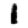
Digit: 1